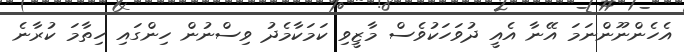
އެހެންނޫންނަމަ އޭނާ އެއީ ދުވަހަކުވެސް މާޒީވި ކަމަކާމެދު ވިސްނުން ހިންގައި ހިތާމަ ކުރާނެ